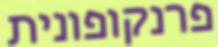
פרנקופונית